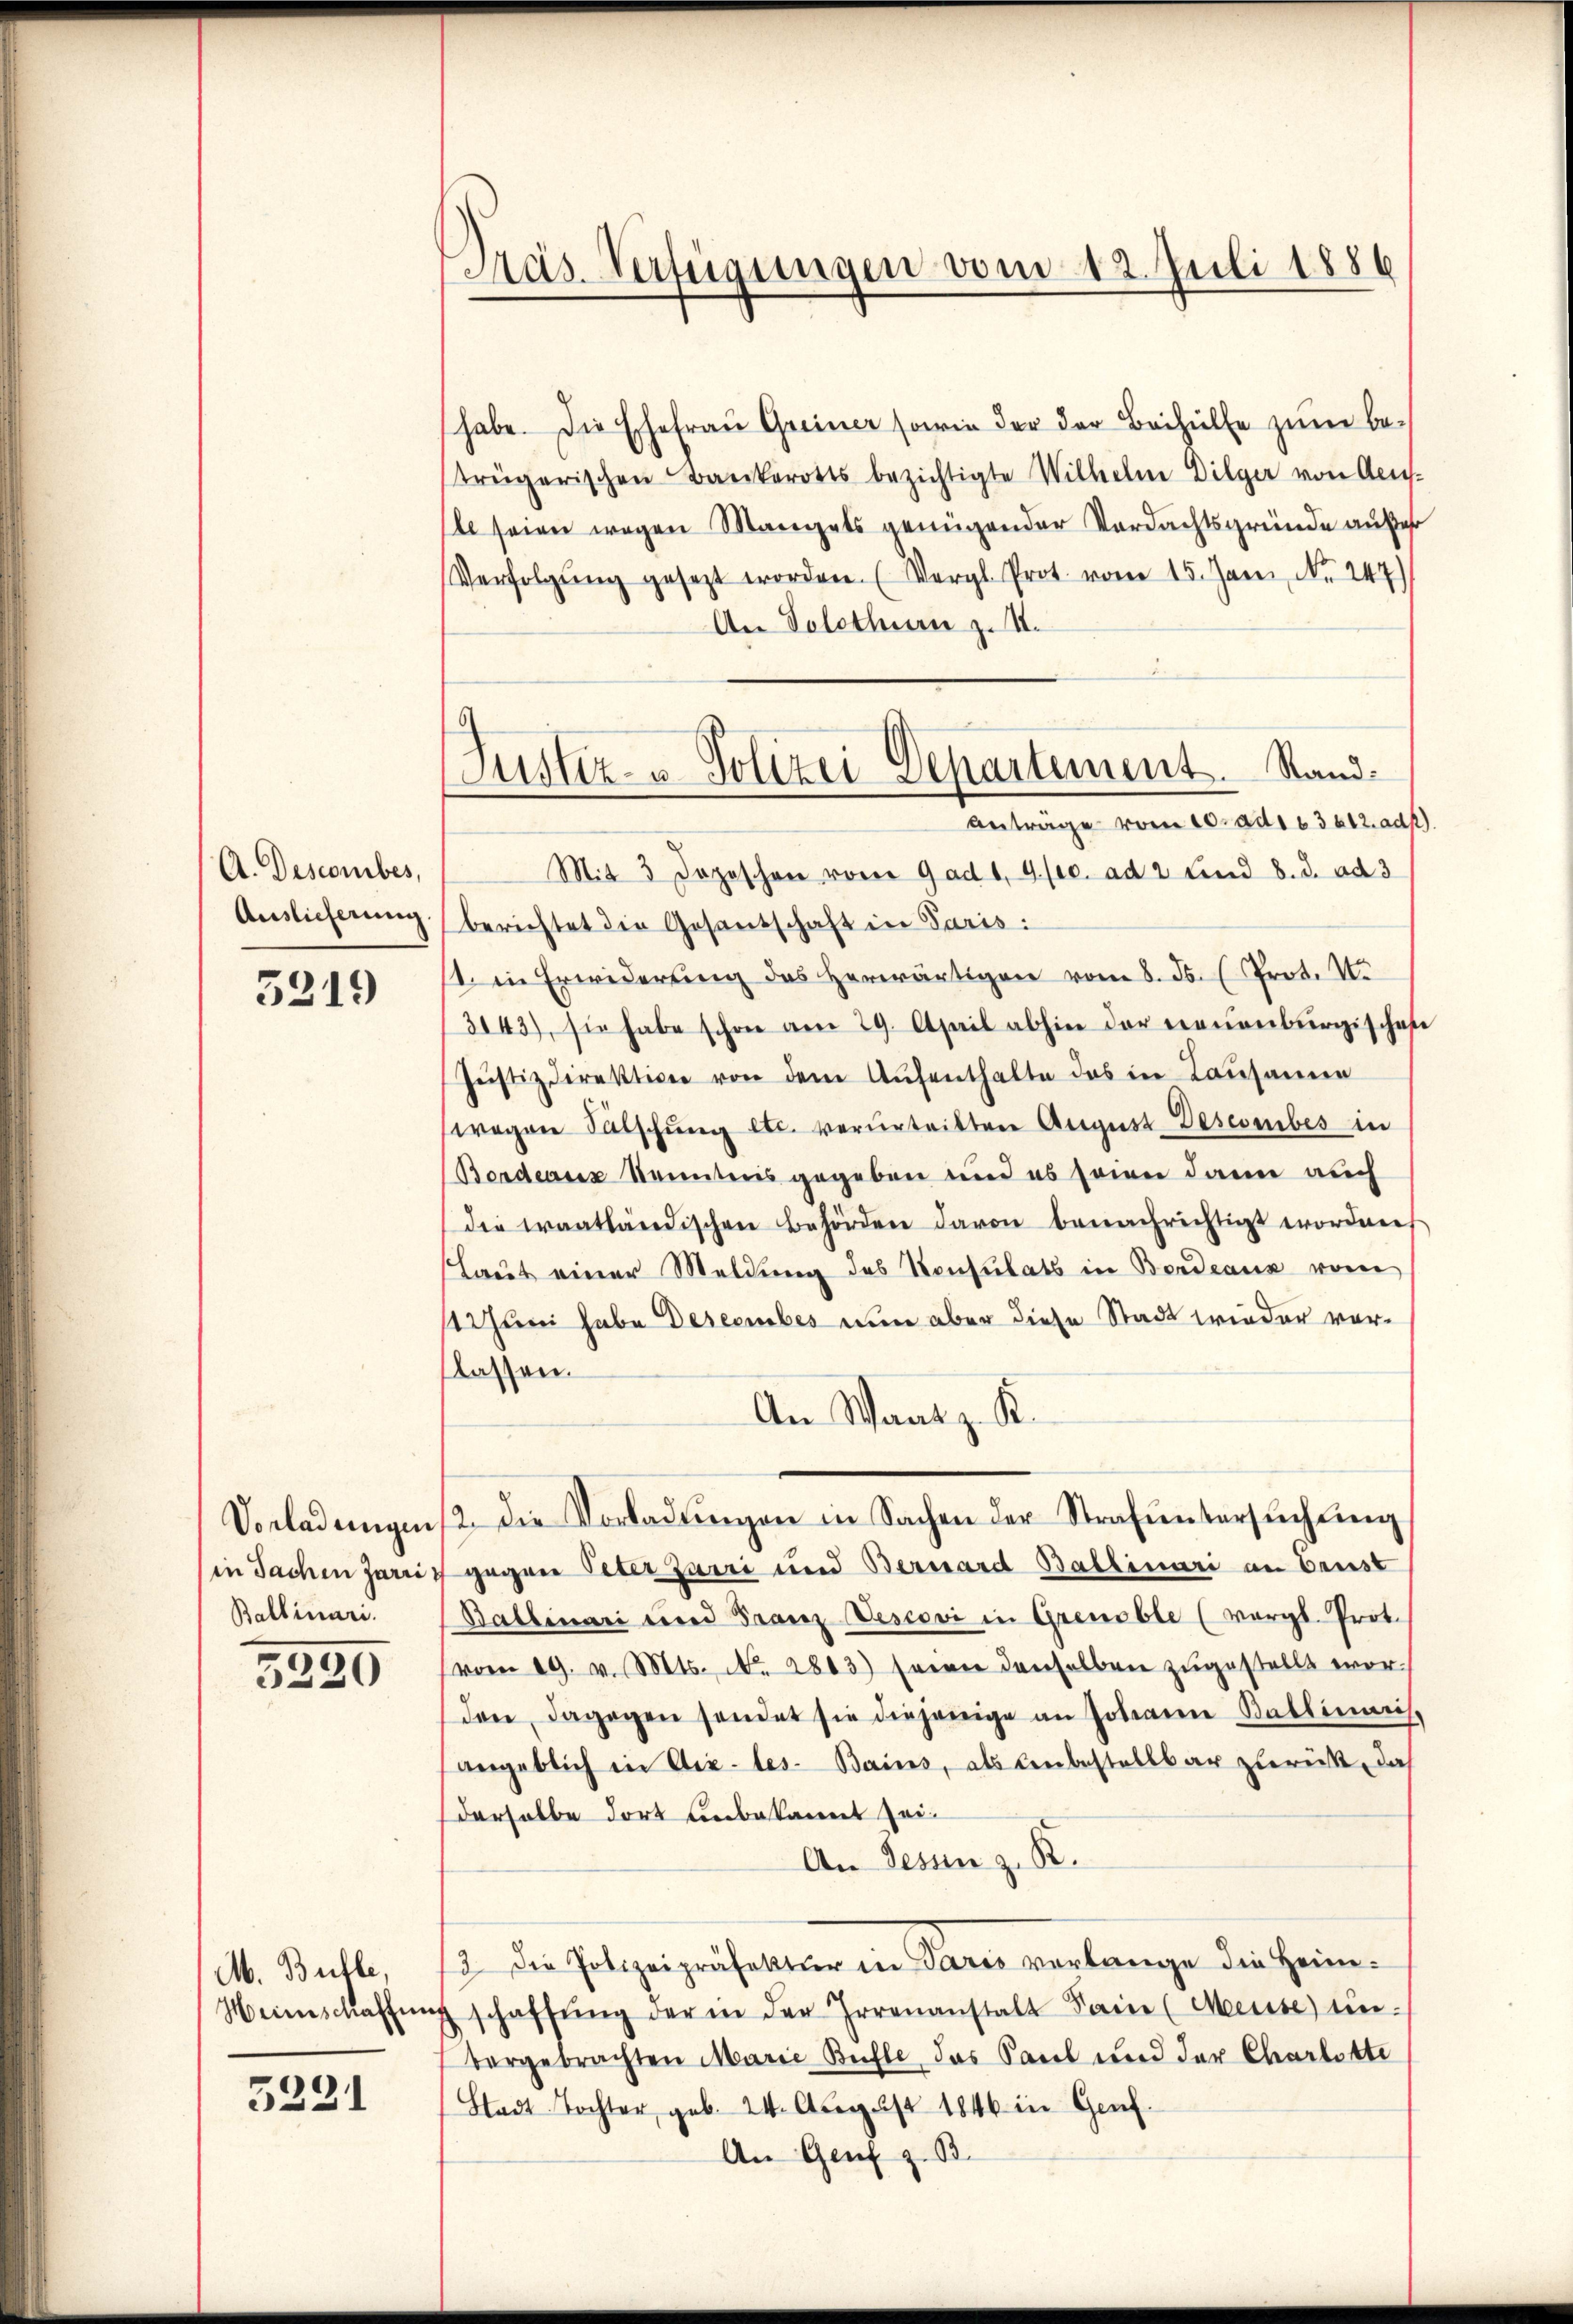
A. Descomibes,
Auslicherung.

5219

Vorladungen
in Sachen Zarri
Ballinari.

5220

M. Bühle,
Weinschaffen

5231

Präs. Verfügungen vom 12. Juli 1886

habe. Die Ehefrau Greiner sowie der der Beihülfe zum betrügerischen Bankerotts bezichtigte Wilhelm Dilger von Alig-
l seien wegen Mangels genügender Verdachtsgründe außer
Verfolgŭng gesezt worden. (Vergl. Prot. vom 15. Jani, Nr. 247
An Solothurn z. S.
Mit 3 Jozischen von 9 ad 1, 4. sec. ad 2 Lind 8. d. ad 3
berichtet die Gesandschaft in Paris:
st in Erwiderung des herwärtigen vom 8. ds. (Prot. N.
3143), sie habe schon am 29. April abhin der neuenburgischehe
Justizdirektion von dem Aufenthalte das in Lausannen
wegen Falschŭng etc. verurteilten August-Descomibes in
Bordeaus Kenntnis gegeben und es seien dann auch
die Fraatländischen Behörden davon benachrichtigt wordenes
Laut einer Meldung des Konsulats in Bordeaus vom
11 Juni habe Descember nun aber diese Stadt wieder vorflassen.
An Waatz. K.
2. Die Vorladungen in Sachen der Strafuntersuchung
gegen Peter Zarri und Bernard Ballinari an Brust
Ballinari und Franz Vescovi in Grenoble (vergl. Prot.
(vom 19. v. Mts. No. 2803) seien denselben zugestellt worden, dagegen sendet sie diejenige an Johann Ballinaris,
angeblich in Aix-les-Bains, als unbestellbar zurück, daß
derselbe dort unbekannt zei¬
An Tessin z. B.
3 die Polizeipräfektur in Paris verlange die Heim-
schaffŭng der in der Irrenanstalt Sein (Meise) un-
tergebrachten Marie Bühle das Paul und der Charlotte
Stadt-Tochter, geb. 24. August 1846 in Genf.
An Genf z. B.

Justiz- u. Polizei Departement. Rand¬
Antrage vom 10. ad 163612. adk).